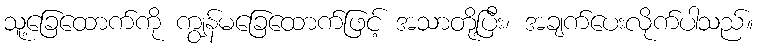
သူ့ခြေထောက်ကို ကျွန်မခြေထောက်ဖြင့် အသာတို့ပြီး၊ အချက်ပေးလိုက်ပါသည်။